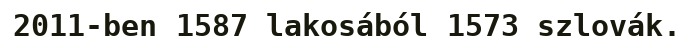
2011-ben 1587 lakosából 1573 szlovák.